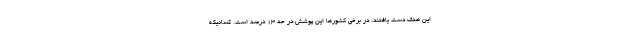
این هدف دست یافتند. در برخی کشورها این پوشش در حد ۱۳ درصد است. کسانیکه